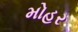
મોહર